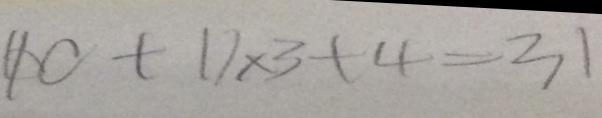
( 1 0 + 1 ) \times 3 + 4 = 3 1